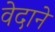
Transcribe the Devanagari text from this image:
वेदाने